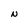
Character: N